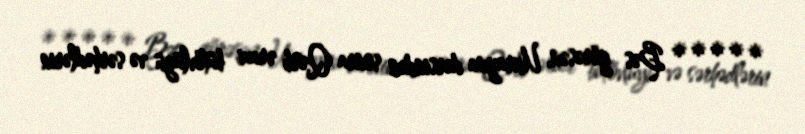
***** Bəs görəsən, Ukrayna dərsindən sonra Qərb ərazi bütövlüyü və sərhədlərin